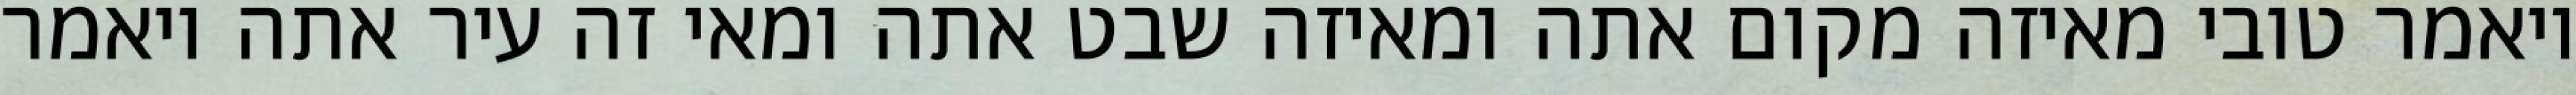
ויאמר טובי מאיזה מקום אתה ומאיזה שבט אתה ומאי זה עיר אתה ויאמר